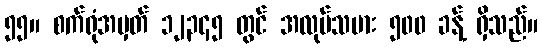
၅၅။ စက်ရုံအမှတ် ၁၂၃၄၅ တွင် အလုပ်သမား ၅၀၀ ခန့် ရှိသည်။